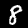
Digit: 8